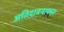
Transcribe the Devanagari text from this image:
अतिदावनाकार